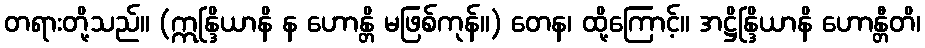
တရားတို့သည်။ (ဣန္ဒြိယာနိ န ဟောန္တိ မဖြစ်ကုန်။) တေန၊ ထို့ကြောင့်။ အဋ္ဌိန္ဒြိယာနိ ဟောန္တီတိ၊